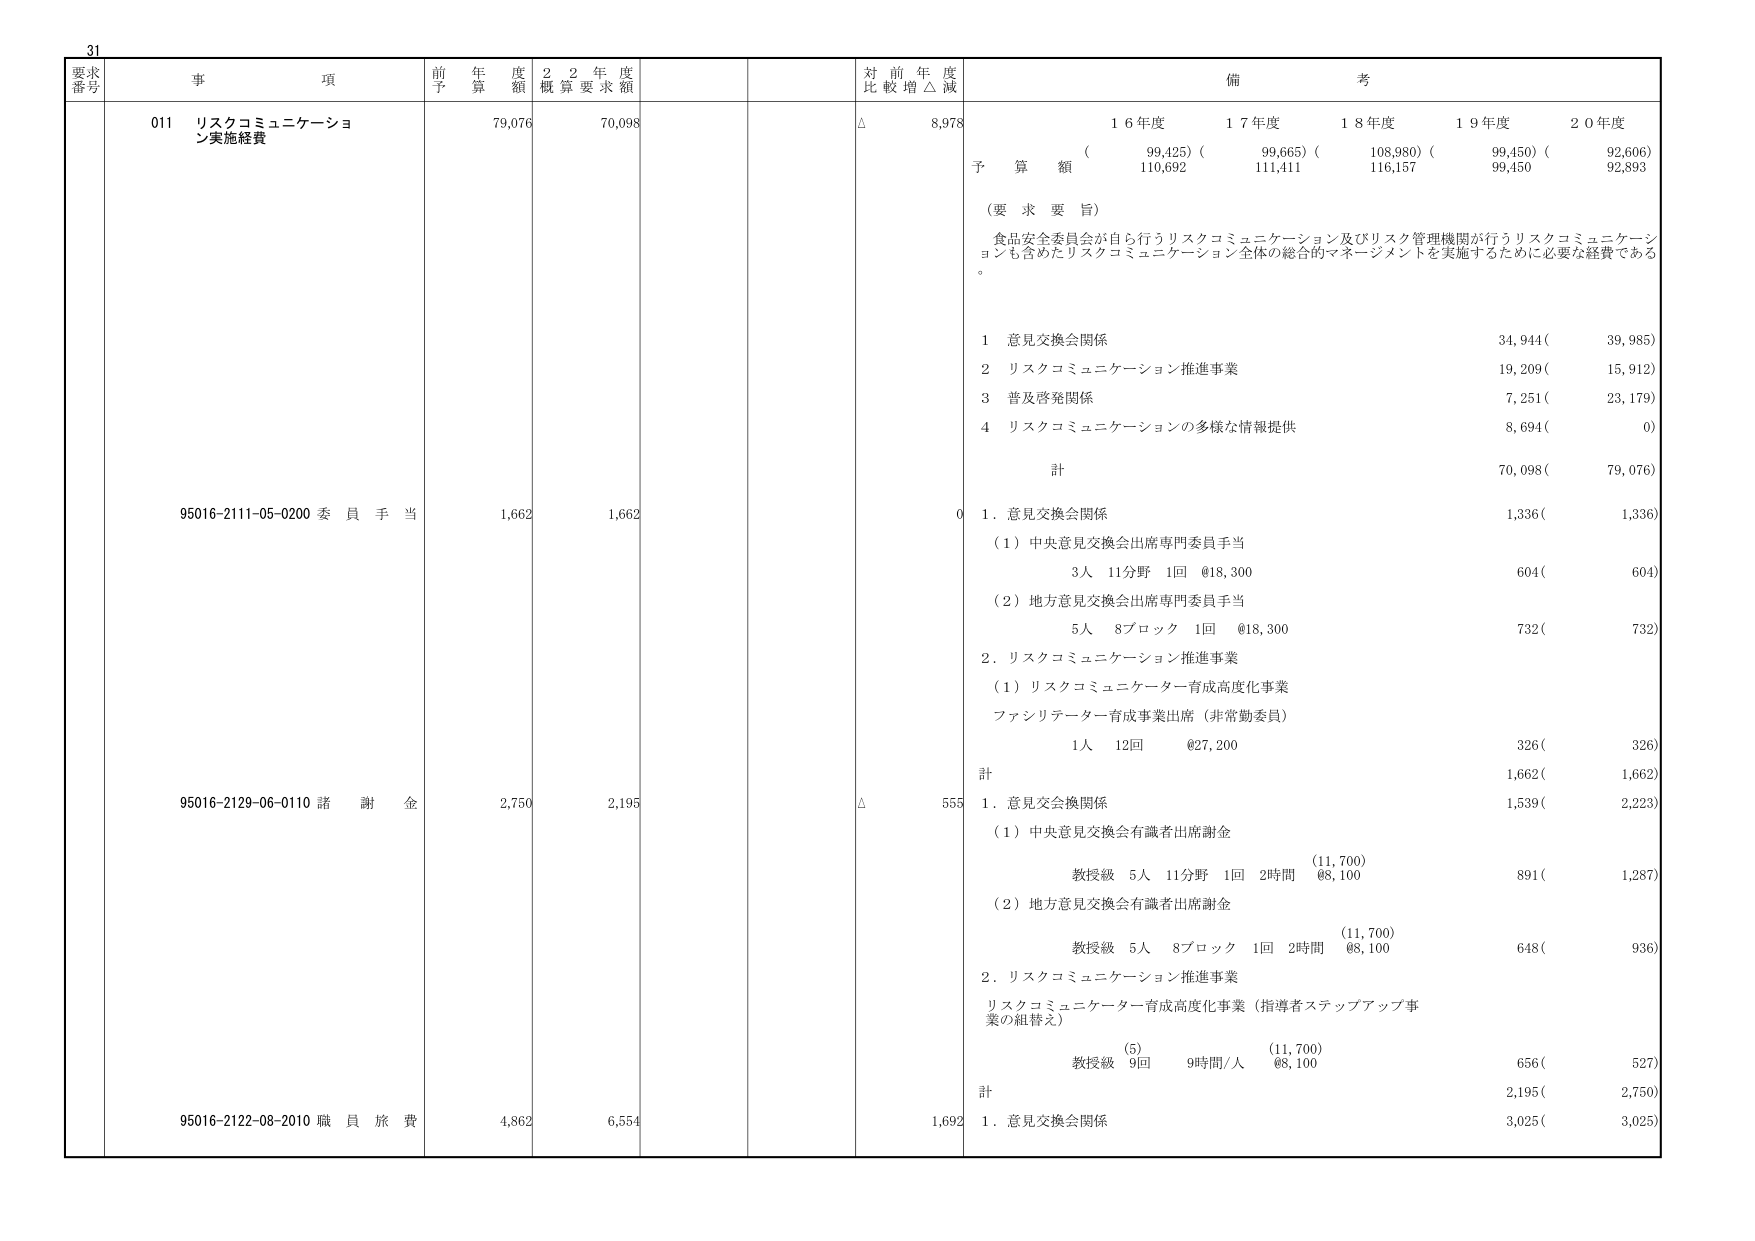
31
要求番号 事項 前年度予算額 22年度概算要求額 対前年度比較増△減 備考
011 リスクコミュニケーション実施経費 79,076 70,098 △ 8,978
16年度 17年度 18年度 19年度 20年度
予算額 (99,425) (99,665) (108,980) (99,450) (92,606)
110,692 111,411 116,157 99,450 92,893
（要求要旨）
食品安全委員会が自ら行うリスクコミュニケーション及びリスク管理機関が行うリスクコミュニケーションも含めたリスクコミュニケーション全体の総合的マネージメントを実施するために必要な経費である。
1 意見交換会関係 34,944( 39,985)
2 リスクコミュニケーション推進事業 19,209( 15,912)
3 普及啓発関係 7,251( 23,179)
4 リスクコミュニケーションの多様な情報提供 8,694( 0)
計 70,098( 79,076)
95016-2111-05-0200 委員手当 1,662 1,662 0
1. 意見交換会関係 1,336( 1,336)
（1）中央意見交換会出席専門委員手当
3人 11分野 1回 @18,300 604( 604)
（2）地方意見交換会出席専門委員手当
5人 8ブロック 1回 @18,300 732( 732)
2. リスクコミュニケーション推進事業
（1）リスクコミュニケーター育成高度化事業
ファシリテーター育成事業出席（非常勤委員）
1人 12回 @27,200 326( 326)
計 1,662( 1,662)
95016-2129-06-0110 諸謝金 2,750 2,195 △ 555
1. 意見交換会関係 1,539( 2,223)
（1）中央意見交換会有識者出席謝金
教授級 5人 11分野 1回 2時間 (11,700) @8,100 891( 1,287)
（2）地方意見交換会有識者出席謝金
教授級 5人 8ブロック 1回 2時間 (11,700) @8,100 648( 936)
2. リスクコミュニケーション推進事業
リスクコミュニケーター育成高度化事業（指導者ステップアップ事業の組替え）
(5) (11,700)
教授級 9回 9時間/人 @8,100 656( 527)
計 2,195( 2,750)
95016-2122-08-2010 職員旅費 4,862 6,554 1,692
1. 意見交換会関係 3,025( 3,025)